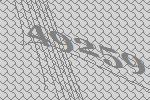
49259